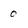
Character: 0